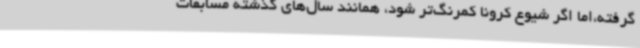
گرفته،اما اگر شیوع کرونا کمرنگ‌تر شود، همانند سال‌های گذشته مسابقات